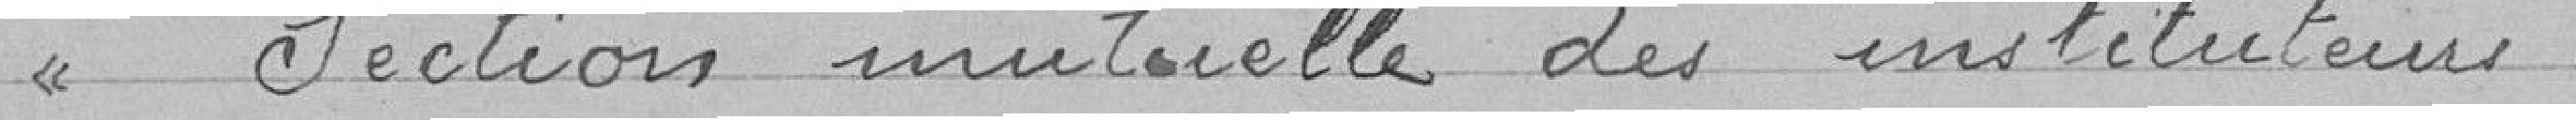
> Section mutuelle des instituteurs :